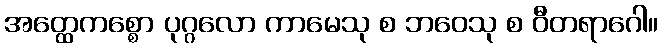
အတ္ထေကစ္စော ပုဂ္ဂလော ကာမေသု စ ဘဝေသု စ ဝီတရာဂေါ။